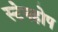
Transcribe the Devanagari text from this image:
स्टेनहोप